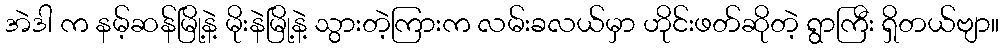
အဲဒါ က နမ့်ဆန်မြို့နဲ့ မိုးနဲမြို့နဲ့ သွားတဲ့ကြားက လမ်းခလယ်မှာ ဟိုင်းဖတ်ဆိုတဲ့ ရွာကြီး ရှိတယ်ဗျာ။